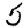
Digit: 5